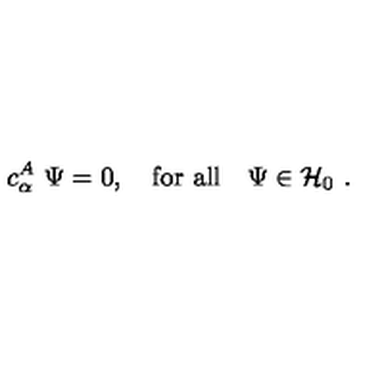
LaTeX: c _ { \alpha } ^ { A } \ \Psi = 0 , \quad \mathrm { f o r \ a l l } \quad \Psi \in { \mathcal H } _ { 0 } \ .